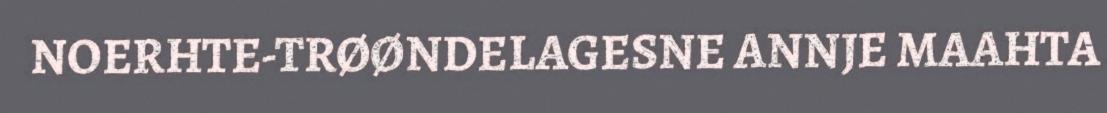
NOERHTE-TRØØNDELAGESNE ANNJE MAAHTA